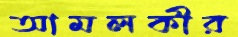
আমলকীর